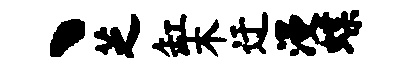
丶芝缸木迂漫蝶